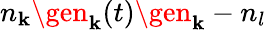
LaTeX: n_{\mathbf{k}}\gen_{\mathbf{k}}(t)\gen_{\mathbf{k}}-n_{l}